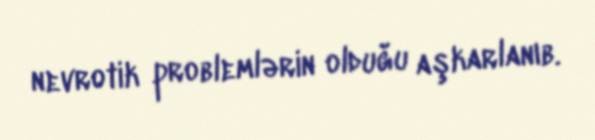
nevrotik problemlərin olduğu aşkarlanıb.